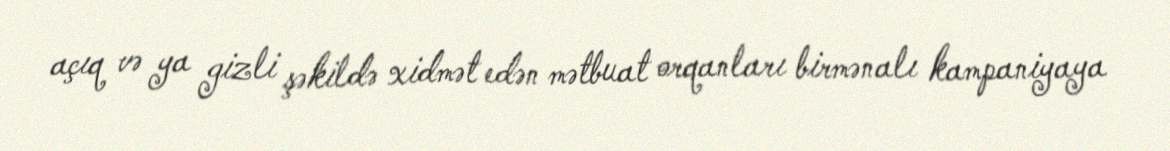
açıq və ya gizli şəkildə xidmət edən mətbuat orqanları birmənalı kampaniyaya